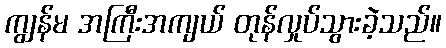
ကျွန်မ အကြီးအကျယ် တုန်လှုပ်သွားခဲ့သည်။